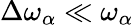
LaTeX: \Delta\omega_{\alpha}\ll\omega_{\alpha}